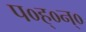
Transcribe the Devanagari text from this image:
प०ह्०न्०